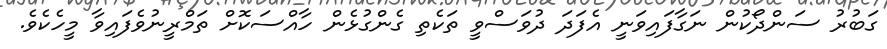
ގަބުރު ސަންދޯކުން ނަގާފައިވަނީ އެފަދަ ދުވަސްވީ ތަކެތި ގެންގުޅެން ހާއްސަކޮށް ތަމްރީނުވެފައިވާ މީހެކެވެ.